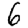
Digit: 6